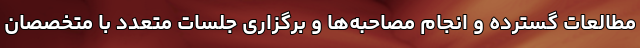
مطالعات گسترده و انجام مصاحبه‌ها و برگزاری جلسات متعدد با متخصصان